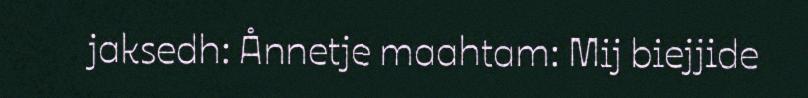
jaksedh: Ånnetje maahtam: Mij biejjide